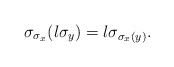
\begin{align*}\sigma_{\sigma_x}(l\sigma_y) = l\sigma_{\sigma_x(y)}.\end{align*}